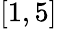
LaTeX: \left[1,5\right]